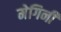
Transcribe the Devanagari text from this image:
मेगिनी